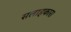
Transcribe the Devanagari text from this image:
सलाहकार।